Civil Veterinary Department. United Provinces 1912-22 - 1912-1922
Year: 1912
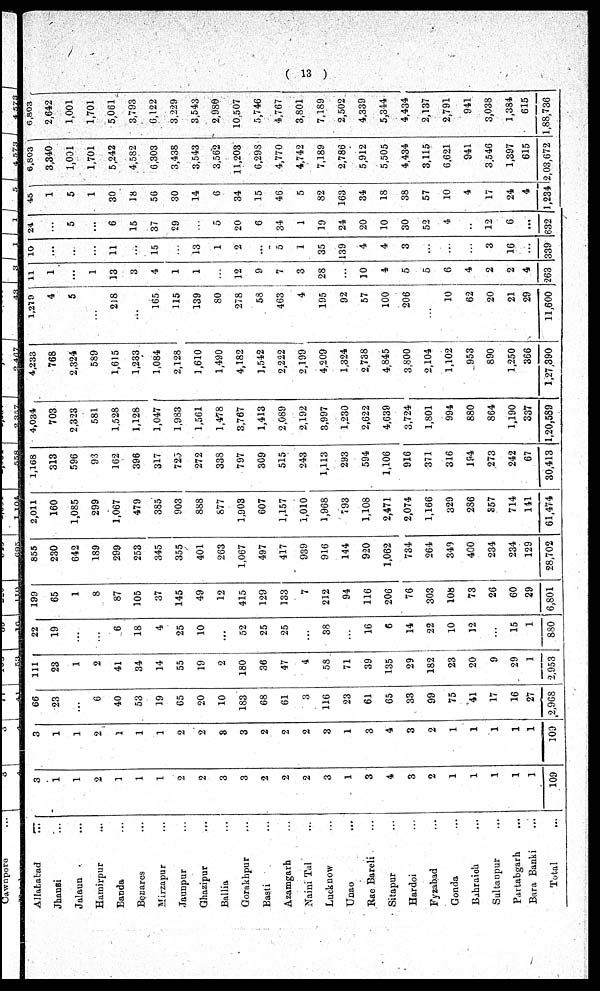
(13)
Allababad
Jhansi
Jalaun
Hamirpur
Banda
Benares
Mirzapur
Jaunpur
Ghazipur
Ballia
Gorakhpur
Basti
Azamgarh
Naini Tal
Lucknow
Unao
Rae Bareli
Sitapur
Hardoi
Fyzabad
Gonda
Bahraich
Sultanpur
Partabgarh
Bura Banki
Total
...
...
...
...
...
...
...
...
...
...
...
...
...
...
...
...
...
...
...
...
...
...
...
...
...
...
3
1
1
2
1
1
1
2
2
3
3
2
2
2
3
1
3
4
3
2
1
1
1
1
1
109
3
1
1
2
1
1
1
2
2
8
3
2
2
2
3
1
3
4
3
2
1
1
1
1
1
109
66
23
...
6
40
53
19
65
20
10
183
68
61
3
116
23
61
65
33
99
75
41
17
16
27
2,968
111
23
1
2
41
34
14
55
19
2
180
36
47
4
58
71
39
135
29
182
23
20
9
29
1
2,953
22
19
...
...
6
18
4
25
10
...
52
25
25
...
38
...
16
6
14
22
10
12
...
15
1
880
199
65
1
8
87
105
37
145
49
12
415
129
133
7
212
94
116
206
76
303
108
73
26
60
29
6,801
855
230
642
189
299
253
345
355
401
263
1,067
497
417
939
916
144
920
1,062
734
264
349
400
234
234
129
28,702
2,011
160
1,085
299
1,067
479
385
903
888
877
1,903
607
1,157
1,010
1,968
793
1,108
2,471
2,074
1,166
329
286
857
714
141
61,474
1,168
313
596
93
162
396
317
725
272
338
797
309
515
243
1,113
293
594
1,106
916
371
316
194
273
242
67
30,413
4,034
703
2,323
581
1,528
1,128
1,047
1,983
1,561
1,478
3,767
1,413
2,089
2,192
3,997
1,230
2,622
4,639
3,724
1,801
994
880
864
1,190
337
1,20,589
4,233
768
2,324
589
1,615
1,233
1,084
2,128
1,610
1,490
4,182
1,542
2,222
2,199
4,209
1,324
2,738
4,845
3,800
2,104
1,102
953
890
1,250
366
1,27,390
1,279
4
5
...
218
...
165
115
139
80
278
58
463
4
195
92
57
100
206
...
10
62
20
21
29
11,600
11
1
...
1
13
3
4
1
1
...
12
9
7
3
28
...
10
4
5
5
6
4
2
2
4
263
10
...
...
...
11
...
15
...
13
1
2
...
5
I
35
139
4
4
3
...
...
...
3
16
...
339
24
...
5
...
6
15
37
29
...
5
20
6
34
1
19
24
20
10
30
52
4
...
12
6
...
632
45
1
5
1
30
18
56
30
14
6
34
15
46
5
82
163
34
18
38
57
10
4
17
24
4
1,234
6,803
3,340
1,001
1,701
5,242
4,582
6,303
3,438
3,543
3,562
11,203
6,298
4,770
4,742
7,189
2,786
5,912
5,505
4,434
3,115
6,621
941
3,546
1,397
615
2,03,672
6,803
2,642
1,001
1,701
5,061
3,793
6,122
3,229
3,543
2,980
10,507
5,746
4,767
3,801
7,189
2,502
4,339
5,344
4,434
2,137
2,791
941
3,038
1,334
615
1,88,736